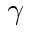
\gamma